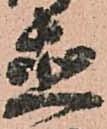
直